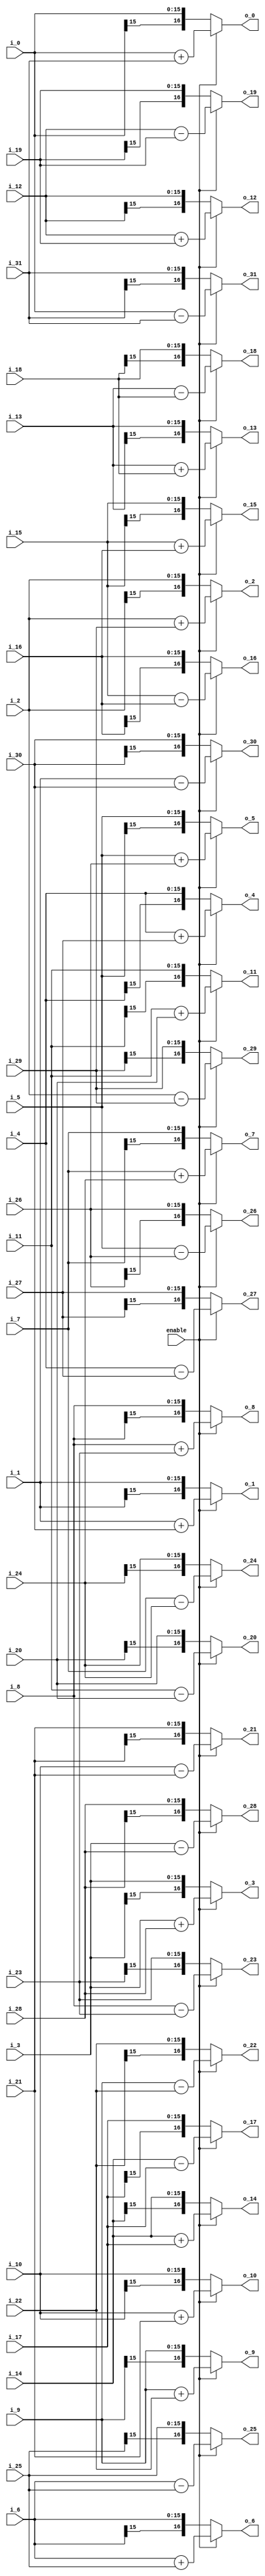
module butterfly1_32(
		      enable,
                i_0,
                i_1,
                i_2,
                i_3,
                i_4,
                i_5,
                i_6,
                i_7,
                i_8,
                i_9,
                i_10,
                i_11,
                i_12,
                i_13,
                i_14,
                i_15,
                i_16,
                i_17,
                i_18,
                i_19,
                i_20,
                i_21,
                i_22,
                i_23,
                i_24,
                i_25,
                i_26,
                i_27,
                i_28,
                i_29,
                i_30,
                i_31,
                
                o_0,
                o_1,
                o_2,
                o_3,
                o_4,
                o_5,
                o_6,
                o_7,
                o_8,
                o_9,
                o_10,
                o_11,
                o_12,
                o_13,
                o_14,
                o_15,
                o_16,
                o_17,
                o_18,
                o_19,
                o_20,
                o_21,
                o_22,
                o_23,
                o_24,
                o_25,
                o_26,
                o_27,
                o_28,
                o_29,
                o_30,
                o_31
);

// ****************************************************************
//
//	INPUT / OUTPUT DECLARATION
//
// ****************************************************************                

input             enable;
input signed  [15:0] i_0;
input signed  [15:0] i_1;
input signed  [15:0] i_2;
input signed  [15:0] i_3;
input signed  [15:0] i_4;
input signed  [15:0] i_5;
input signed  [15:0] i_6;
input signed  [15:0] i_7;
input signed  [15:0] i_8;
input signed  [15:0] i_9;
input signed  [15:0] i_10;
input signed  [15:0] i_11;
input signed  [15:0] i_12;
input signed  [15:0] i_13;
input signed  [15:0] i_14;
input signed  [15:0] i_15;
input signed  [15:0] i_16;
input signed  [15:0] i_17;
input signed  [15:0] i_18;
input signed  [15:0] i_19;
input signed  [15:0] i_20;
input signed  [15:0] i_21;
input signed  [15:0] i_22;
input signed  [15:0] i_23;
input signed  [15:0] i_24;
input signed  [15:0] i_25;
input signed  [15:0] i_26;
input signed  [15:0] i_27;
input signed  [15:0] i_28;
input signed  [15:0] i_29;
input signed  [15:0] i_30;
input signed  [15:0] i_31;


output  signed [16:0] o_0;
output  signed [16:0] o_1;
output  signed [16:0] o_2;
output  signed [16:0] o_3;
output  signed [16:0] o_4;
output  signed [16:0] o_5;
output  signed [16:0] o_6;
output  signed [16:0] o_7;
output  signed [16:0] o_8;
output  signed [16:0] o_9;
output  signed [16:0] o_10;
output  signed [16:0] o_11;
output  signed [16:0] o_12;
output  signed [16:0] o_13;
output  signed [16:0] o_14;
output  signed [16:0] o_15;
output  signed [16:0] o_16;
output  signed [16:0] o_17;
output  signed [16:0] o_18;
output  signed [16:0] o_19;
output  signed [16:0] o_20;
output  signed [16:0] o_21;
output  signed [16:0] o_22;
output  signed [16:0] o_23;
output  signed [16:0] o_24;
output  signed [16:0] o_25;
output  signed [16:0] o_26;
output  signed [16:0] o_27;
output  signed [16:0] o_28;
output  signed [16:0] o_29;
output  signed [16:0] o_30;
output  signed [16:0] o_31;


// ****************************************************************
//
//	WIRE DECLARATION
//
// ****************************************************************

wire  signed [16:0]   b_0;
wire  signed [16:0]   b_1;
wire  signed [16:0]   b_2;
wire  signed [16:0]   b_3;
wire  signed [16:0]   b_4;
wire  signed [16:0]   b_5;
wire  signed [16:0]   b_6;
wire  signed [16:0]   b_7;
wire  signed [16:0]   b_8;
wire  signed [16:0]   b_9;
wire  signed [16:0]   b_10;
wire  signed [16:0]   b_11;
wire  signed [16:0]   b_12;
wire  signed [16:0]   b_13;
wire  signed [16:0]   b_14;
wire  signed [16:0]   b_15;
wire  signed [16:0]   b_16;
wire  signed [16:0]   b_17;
wire  signed [16:0]   b_18;
wire  signed [16:0]   b_19;
wire  signed [16:0]   b_20;
wire  signed [16:0]   b_21;
wire  signed [16:0]   b_22;
wire  signed [16:0]   b_23;
wire  signed [16:0]   b_24;
wire  signed [16:0]   b_25;
wire  signed [16:0]   b_26;
wire  signed [16:0]   b_27;
wire  signed [16:0]   b_28;
wire  signed [16:0]   b_29;
wire  signed [16:0]   b_30;
wire  signed [16:0]   b_31;

// ********************************************
//                                             
//    Combinational Logic                      
//                                             
// ********************************************

assign b_0=i_0+i_31;
assign b_1=i_1+i_30;
assign b_2=i_2+i_29;
assign b_3=i_3+i_28;
assign b_4=i_4+i_27;
assign b_5=i_5+i_26;
assign b_6=i_6+i_25;
assign b_7=i_7+i_24;
assign b_8=i_8+i_23;               
assign b_9=i_9+i_22;
assign b_10=i_10+i_21;
assign b_11=i_11+i_20;
assign b_12=i_12+i_19;
assign b_13=i_13+i_18;
assign b_14=i_14+i_17;
assign b_15=i_15+i_16;
assign b_16=i_15-i_16;
assign b_17=i_14-i_17;
assign b_18=i_13-i_18;
assign b_19=i_12-i_19;
assign b_20=i_11-i_20;
assign b_21=i_10-i_21;
assign b_22=i_9-i_22;
assign b_23=i_8-i_23; 
assign b_24=i_7-i_24;      
assign b_25=i_6-i_25;
assign b_26=i_5-i_26;               
assign b_27=i_4-i_27;
assign b_28=i_3-i_28;               
assign b_29=i_2-i_29;
assign b_30=i_1-i_30;               
assign b_31=i_0-i_31;

assign o_0=enable?b_0:i_0;
assign o_1=enable?b_1:i_1;
assign o_2=enable?b_2:i_2;
assign o_3=enable?b_3:i_3;
assign o_4=enable?b_4:i_4;
assign o_5=enable?b_5:i_5;
assign o_6=enable?b_6:i_6;
assign o_7=enable?b_7:i_7;
assign o_8=enable?b_8:i_8;
assign o_9=enable?b_9:i_9;
assign o_10=enable?b_10:i_10;
assign o_11=enable?b_11:i_11;
assign o_12=enable?b_12:i_12;
assign o_13=enable?b_13:i_13;
assign o_14=enable?b_14:i_14;
assign o_15=enable?b_15:i_15;
assign o_16=enable?b_16:i_16;
assign o_17=enable?b_17:i_17;
assign o_18=enable?b_18:i_18;
assign o_19=enable?b_19:i_19;
assign o_20=enable?b_20:i_20;
assign o_21=enable?b_21:i_21;
assign o_22=enable?b_22:i_22;
assign o_23=enable?b_23:i_23;
assign o_24=enable?b_24:i_24;
assign o_25=enable?b_25:i_25;
assign o_26=enable?b_26:i_26;
assign o_27=enable?b_27:i_27;
assign o_28=enable?b_28:i_28;
assign o_29=enable?b_29:i_29;
assign o_30=enable?b_30:i_30;
assign o_31=enable?b_31:i_31;

endmodule